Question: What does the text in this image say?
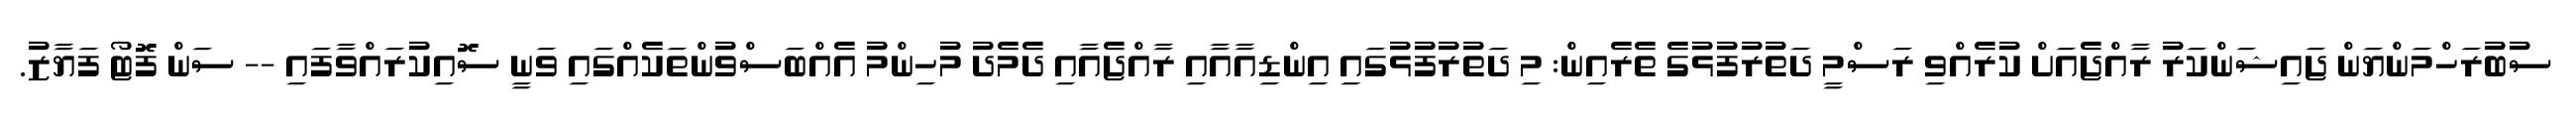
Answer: ސުބުރަހްމަންޔަން ޖައިޝަންކަރު ރާއްޖެއަށް ކުރެއްވި ރަސްމީ ދަތުރުފުޅުގެ ތެރެއިން: މި ދަތުރުފުޅުގައި އިންޑިއާއާއި ރާއްޖެއާއި ދެމެދު މުހިންމު އެއްބަސްވުންތަކެއްގައި ވަނީ ސޮއިކުރައްވާފައި -- ސަން ފޮޓޯ ފަޔާޒު.